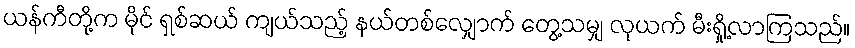
ယန်ကီတို့က မိုင် ရှစ်ဆယ် ကျယ်သည့် နယ်တစ်လျှောက် တွေ့သမျှ လုယက် မီးရှို့လာကြသည်။